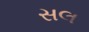
સલ